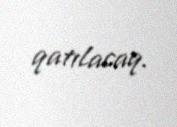
qatılacaq.